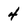
Character: 4